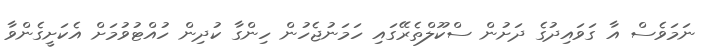
ނަމަވެސް އާ ގަވައިދުގެ ދަށުން ސްކޫލްތެރޭގައި ހަމަނުޖެހުން ހިންގާ ކުދިން ހުއްޓުވުމަށް އެކަށީގެންވާ